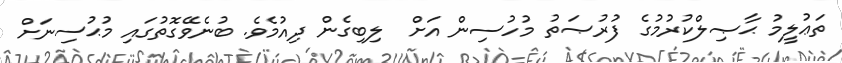
ތަޢުލީމު ޙާޞިލްކުރުމުގެ ފުރުޞަތު މުހުސިން އަށް  ލިބިގެން ދިއުމެވެ. ބުނެވޭގޮތުގައި މުޙުސިނަށް